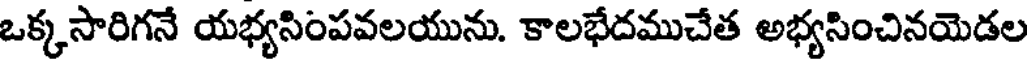
ఒక్కసారిగనే యభ్యసింపవలయును. కాలభేదముచేత అభ్యసించినయెడల